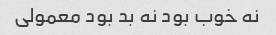
نه خوب بود نه بد بود معمولی